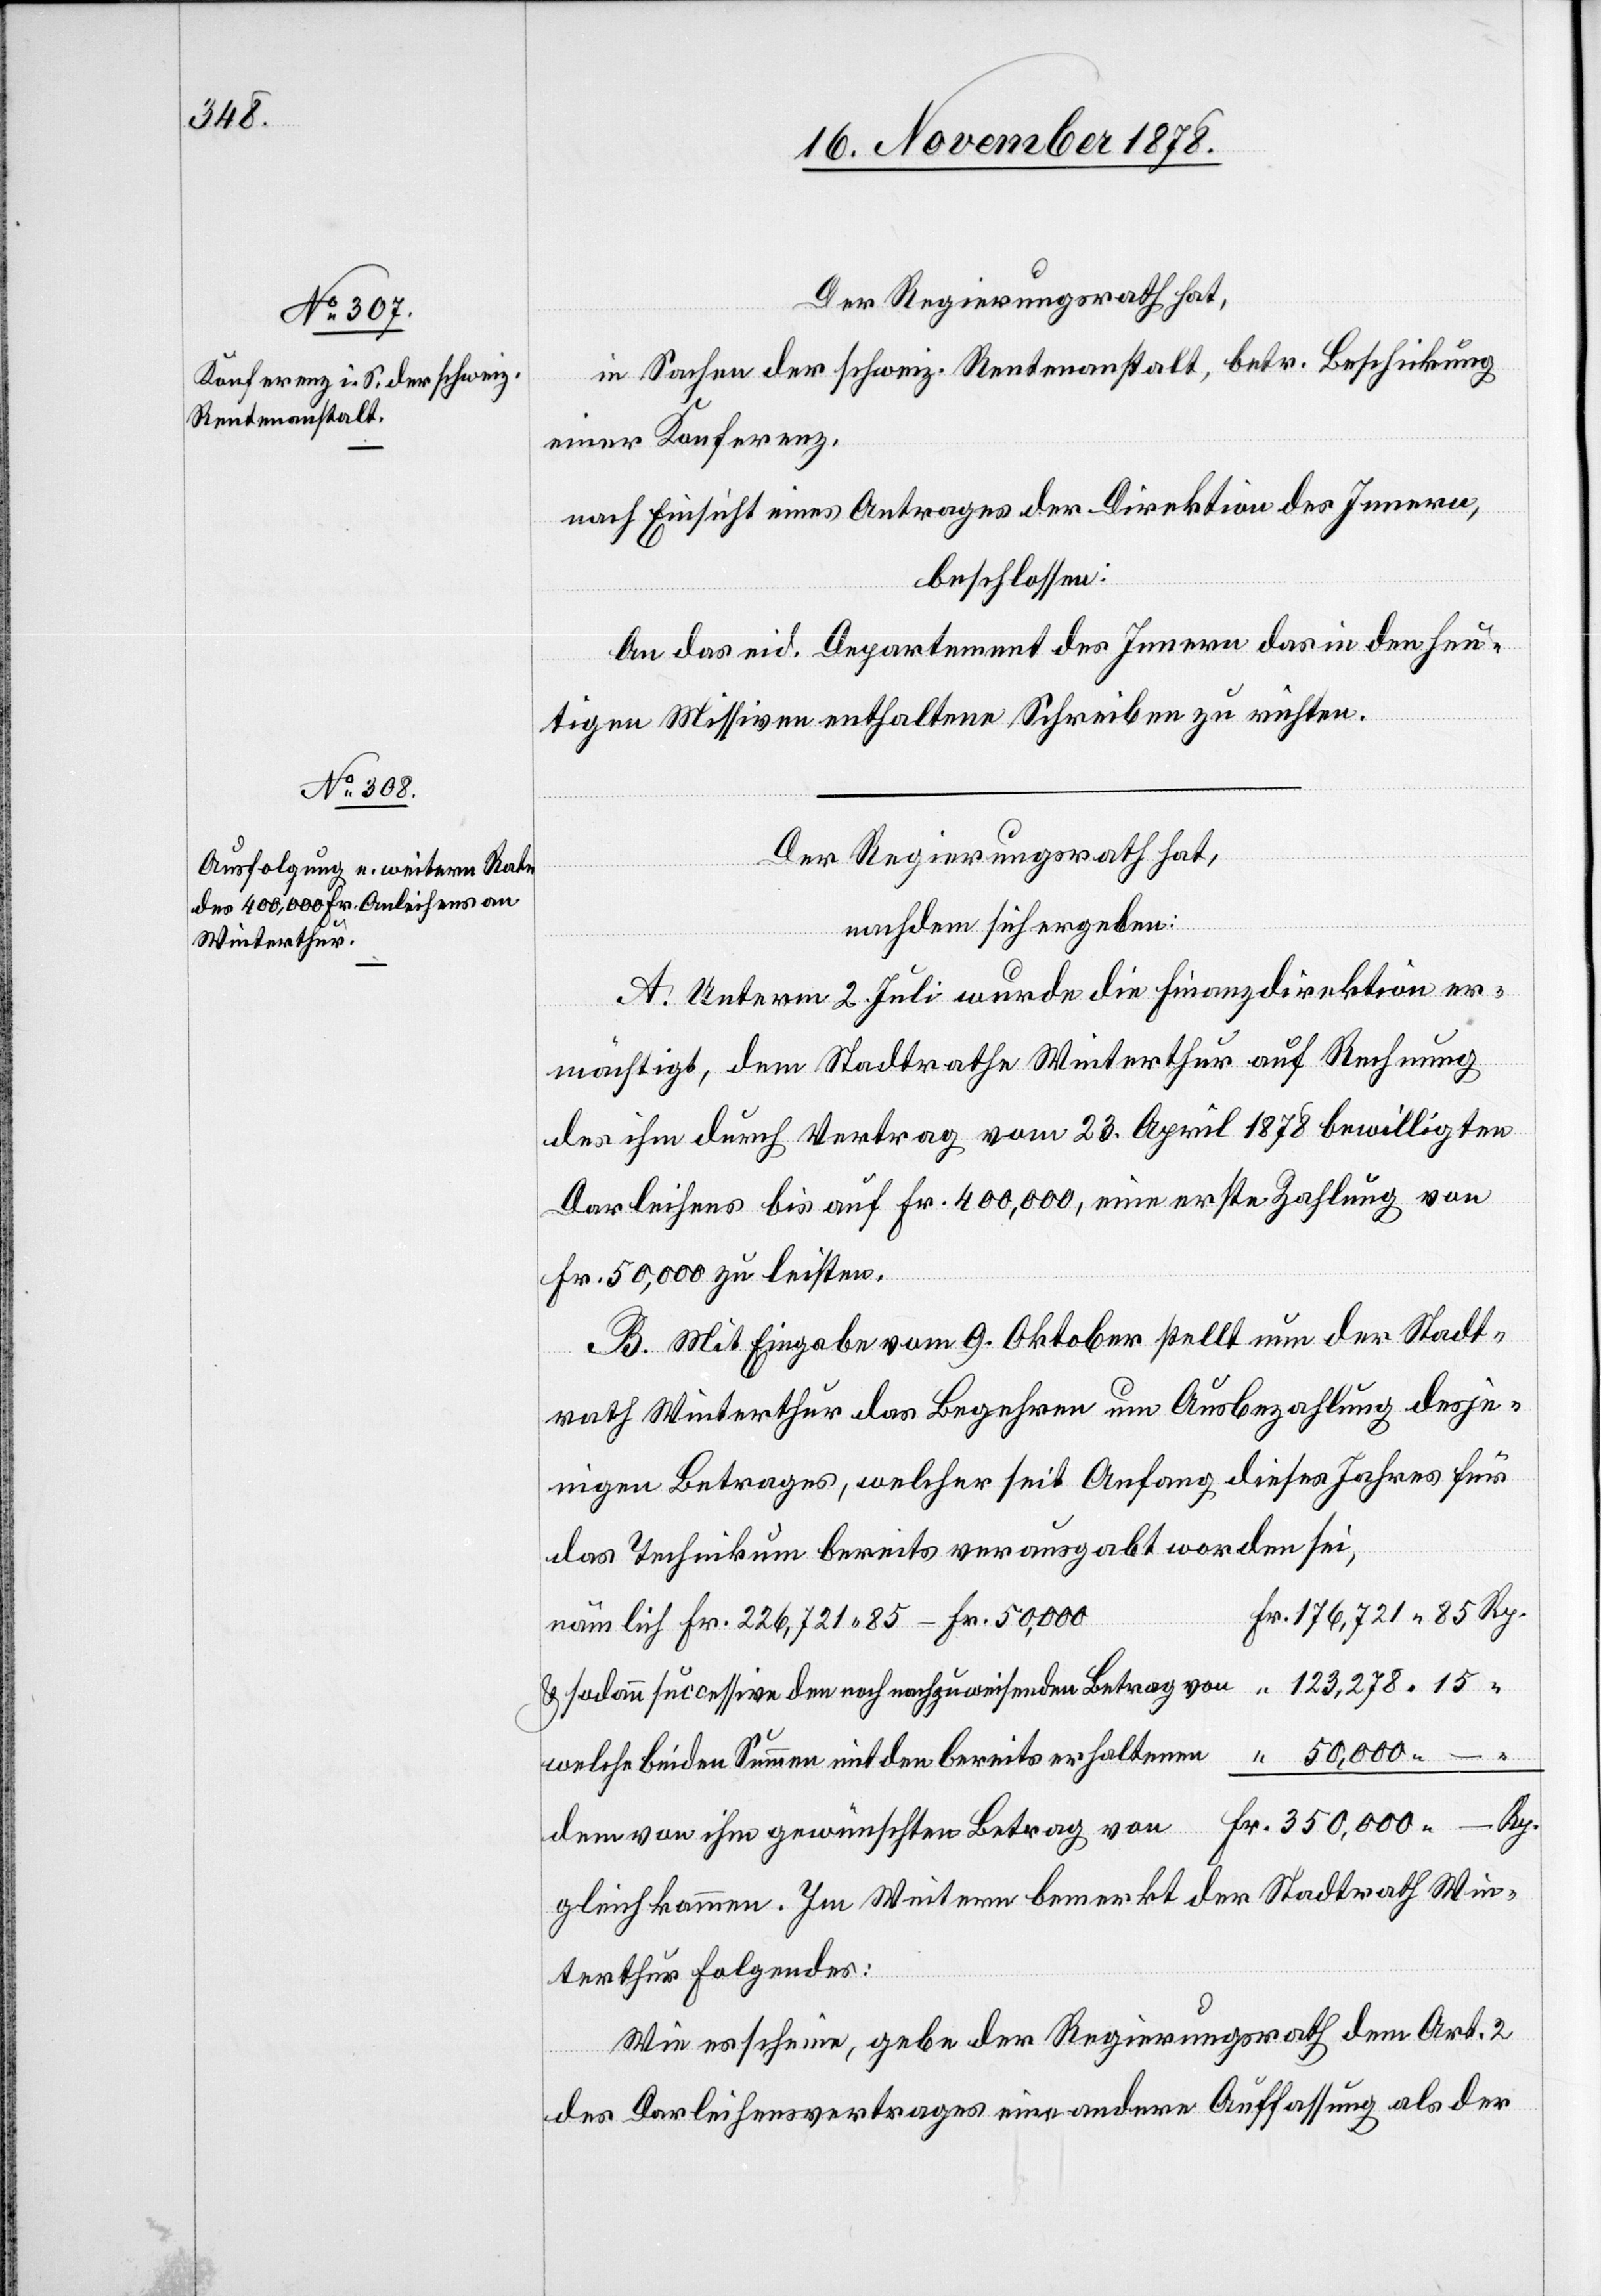
Der Regierungsrath hat,
in Sachen der schweiz. Rentenanstalt, betr. Beschickung
einer Konferenz,
nach Einsicht eines Antrages der Direktion des Innern,
beschlossen:
An das eid. Departement des Innern das in den heu¬
tigen Missiven enthaltene Schreiben zu richten.
Der Regierungsrath hat,
nachdem sich ergeben:
A. Unterm 2. Juli wurde die Finanzdirektion er¬
mächtigt, dem Stadtrathe Winterthur auf Rechnung
des ihm durch Vertrag vom 23. April 1878 bewilligten
Darleihens bis auf Fr. 400,000, eine erste Zahlung von
Fr. 50,000 zu leisten.
B. Mit Eingabe vom 9. Oktober stellt nun der Stadt¬
rath Winterthur das Begehren um Ausbezahlung desje¬
nigen Betrages, welcher seit Anfang dieses Jahres für
das Technikum bereits verausgabt worden sei,
Fr. 176,721 85 Rp.
nämlich Fr. 226,721 85 – Fr. 50,000
& sodann successive den noch nachzuweisenden Betrag von “ 123,278 15
welche beiden Summen mit den bereits erhaltenen “ 50,000 “
dem von ihm gewünschten Betrag von Fr. 350,000 – Rp.
gleichkommen. Im Weitern bemerkt der Stadtrath Win¬
terthur folgendes:
Wie es scheine, gebe der Regierungsrath dem Art. 2
des Darleihensvertrages eine andere Auffassung als der